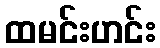
ထမင်းဟင်း